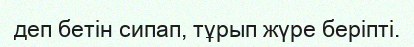
деп бетін сипап, тұрып жүре беріпті.